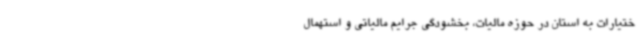
ختیارات به استان در حوزه مالیات، بخشودگی جرایم مالیاتی و استهمال